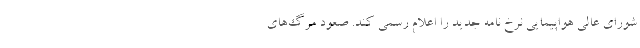
شورای عالی هواپیمایی نرخ نامه جدید را اعلام رسمی کند. صعود مرگ‌های